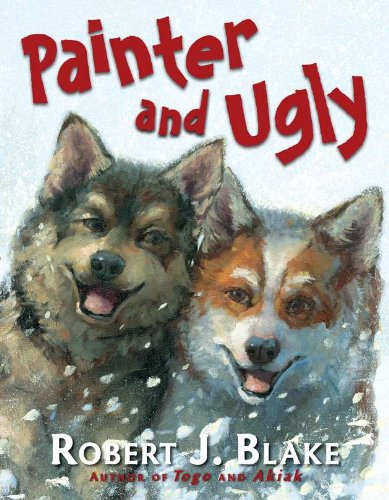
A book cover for Painter and Ugly; Robert J. Blake; Children's Books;